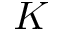
K